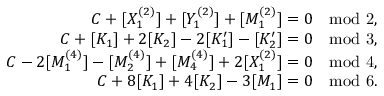
\begin{array} { r } { C + [ X _ { 1 } ^ { ( 2 ) } ] + [ Y _ { 1 } ^ { ( 2 ) } ] + [ M _ { 1 } ^ { ( 2 ) } ] = 0 \quad \mathrm { m o d ~ 2 } , } \\ { C + [ K _ { 1 } ] + 2 [ K _ { 2 } ] - 2 [ K _ { 1 } ^ { \prime } ] - [ K _ { 2 } ^ { \prime } ] = 0 \quad \mathrm { m o d ~ 3 } , } \\ { C - 2 [ M _ { 1 } ^ { ( 4 ) } ] - [ M _ { 2 } ^ { ( 4 ) } ] + [ M _ { 4 } ^ { ( 4 ) } ] + 2 [ X _ { 1 } ^ { ( 2 ) } ] = 0 \quad \mathrm { m o d ~ 4 } , } \\ { C + 8 [ K _ { 1 } ] + 4 [ K _ { 2 } ] - 3 [ M _ { 1 } ] = 0 \quad \mathrm { m o d ~ 6 } . } \end{array}